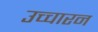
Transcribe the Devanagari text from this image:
उच्चारन